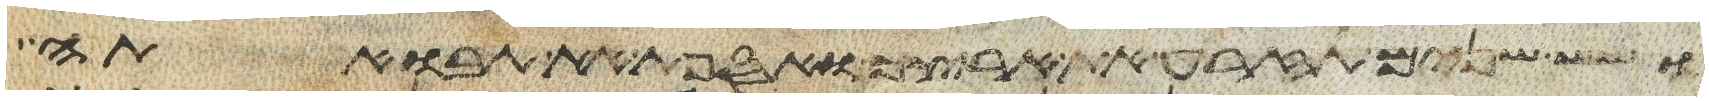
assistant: ושש שנים תזרע את ארצך ואספת את תבואתה